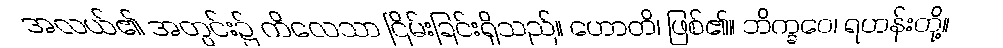
အလယ်၏ အတွင်း၌ ကိလေသာ ငြိမ်းခြင်းရှိသည်။ ဟောတိ၊ ဖြစ်၏။ ဘိက္ခဝေ၊ ရဟန်းတို့။